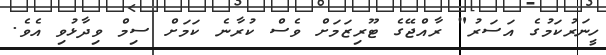
ހީނަރުކަމުގެ އަސަރު" ރާއްޖޭގެ ޓޫރިޒަމަށް ވެސް ކުރާނެ ކަމަށް ސިމް ވިދާޅުވި އެވެ.